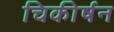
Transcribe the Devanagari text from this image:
चिकीर्षन